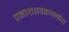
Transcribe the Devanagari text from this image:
प्रकाशअवक्रमणीय